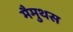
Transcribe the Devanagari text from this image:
मैमुथस